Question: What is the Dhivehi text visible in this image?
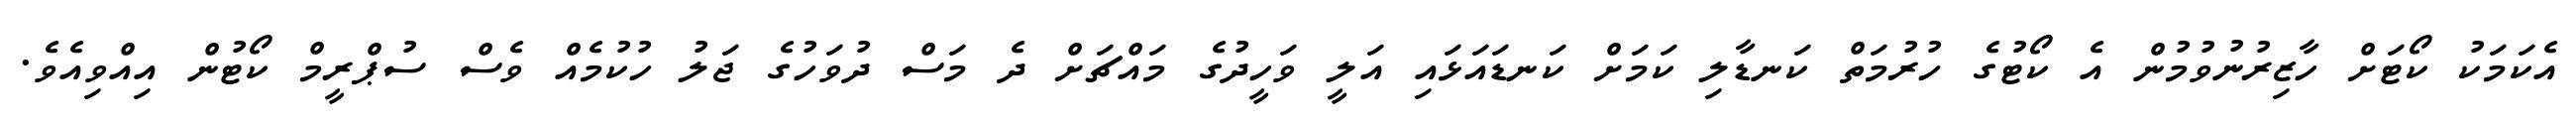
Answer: އެކަމަކު ކޯޓަށް ހާޒިރުނުވުމުން އެ ކޯޓުގެ ހުރުމަތް ކަނޑާލި ކަމަށް ކަނޑައަޅައި އަލީ ވަހީދުގެ މައްޗަށް ދެ މަސް ދުވަހުގެ ޖަލު ހުކުމެއް ވެސް ސުޕްރީމް ކޯޓުން އިއްވިއެވެ.